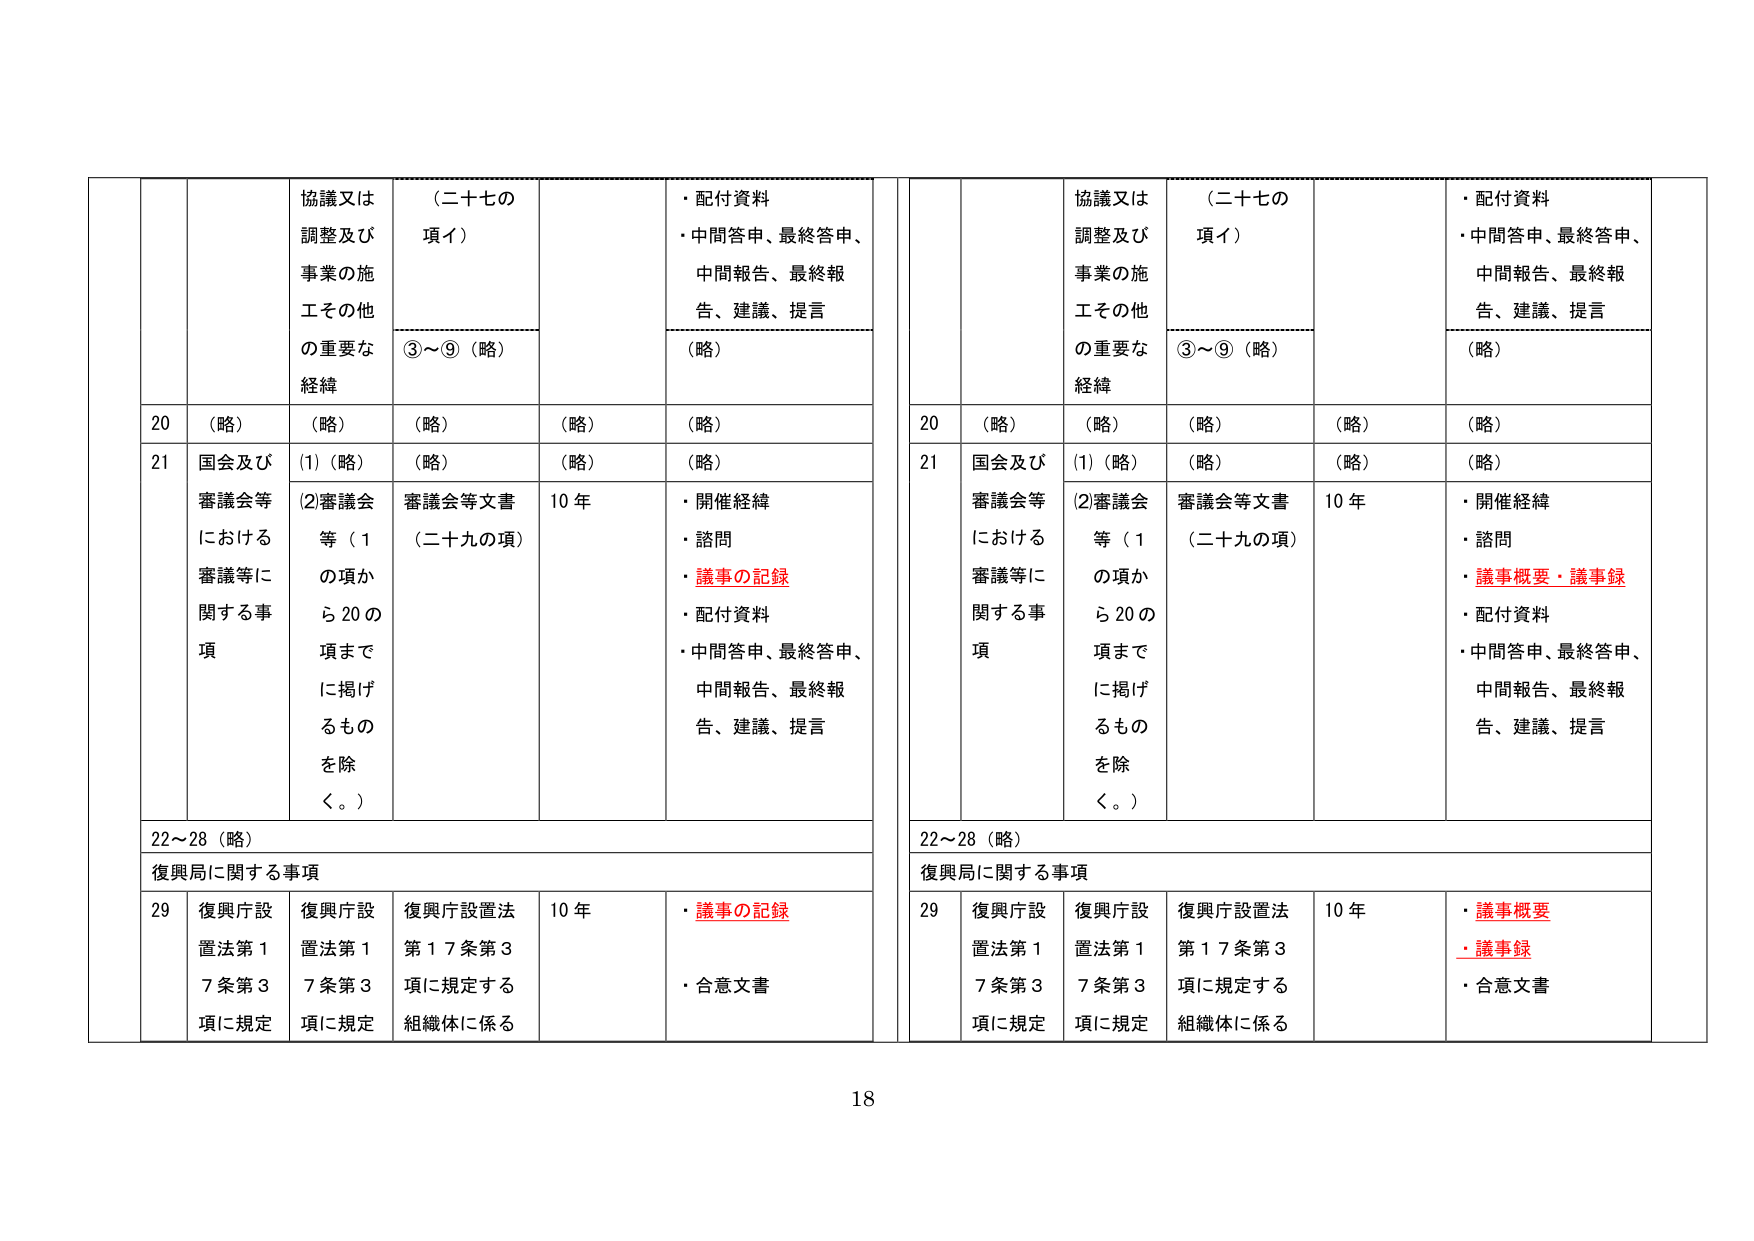
協議又は
調整及び
事業の施
工その他
の重要な
経緯
（二十七の
項イ）
③～⑨（略）
・配付資料
・中間答申、最終答申、
中間報告、最終報
告、建議、提言
（略）
20
（略）
（略）
（略）
（略）
（略）
21
国会及び
審議会等
における
審議等に
関する事
項
(1)（略）
（略）
（略）
（略）
(2)審議会
等（1
の項か
ら20の
項まで
に掲げ
るもの
を除
く。）
審議会等文書
（二十九の項）
10 年
・開催経緯
・諮問
・議事の記録
・配付資料
・中間答申、最終答申、
中間報告、最終報
告、建議、提言
22～28（略）
復興局に関する事項
29
復興庁設
置法第1
7条第3
項に規定
復興庁設
置法第1
7条第3
項に規定
復興庁設置法
第17条第3
項に規定する
組織体に係る
10 年
・議事の記録
・合意文書
協議又は
調整及び
事業の施
工その他
の重要な
経緯
（二十七の
項イ）
③～⑨（略）
・配付資料
・中間答申、最終答申、
中間報告、最終報
告、建議、提言
（略）
20
（略）
（略）
（略）
（略）
（略）
21
国会及び
審議会等
における
審議等に
関する事
項
(1)（略）
（略）
（略）
（略）
(2)審議会
等（1
の項か
ら20の
項まで
に掲げ
るもの
を除
く。）
審議会等文書
（二十九の項）
10 年
・開催経緯
・諮問
・議事概要・議事録
・配付資料
・中間答申、最終答申、
中間報告、最終報
告、建議、提言
22～28（略）
復興局に関する事項
29
復興庁設
置法第1
7条第3
項に規定
復興庁設
置法第1
7条第3
項に規定
復興庁設置法
第17条第3
項に規定する
組織体に係る
10 年
・議事概要
・議事録
・合意文書
18